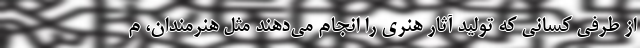
از طرفی کسانی که تولید آثار هنری را انجام می‌دهند مثل هنرمندان، م